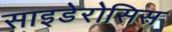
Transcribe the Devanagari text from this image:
साइडेरोसिस